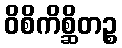
ဝိစိကိစ္ဆိတဉ္စ